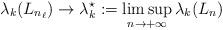
LaTeX: \begin{align*}\lambda_k(L_{n_\ell}) \rightarrow \lambda_k^\star := \limsup_{n \to + \infty} \lambda_k (L_n)\end{align*}